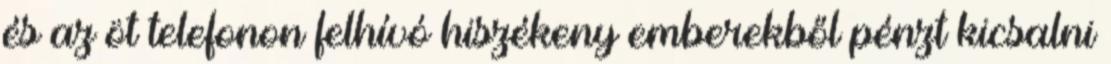
és az öt telefonon felhívó hiszékeny emberekből pénzt kicsalni